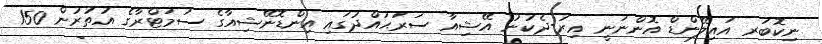
ނިކޮބަރ އައިލޭންޑް އޮންނަނީ އިރު-ދެކުނު އޭޝިއާ ސަރަޙައްދުގައި އިންޑޮނޭޝިއާގެ ސުމަޓްރާގެ އުތުރުން 150